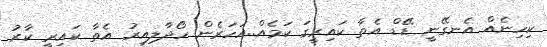
ކިހިނެއް އެނގޭނީ ޑޭޑް އެތާ ކައިރީގަ ކަމެއް..އަހަރެން ހޯދާލިއިރު އެތާ ކައިރީ ކާރު